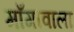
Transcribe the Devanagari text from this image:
माँगावाला